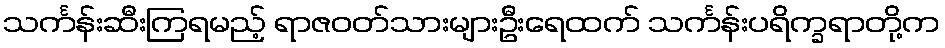
သင်္ကန်းဆီးကြရမည့် ရာဇဝတ်သားများဦးရေထက် သင်္ကန်းပရိက္ခရာတို့က